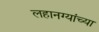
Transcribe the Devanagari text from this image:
लहानग्यांच्या